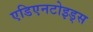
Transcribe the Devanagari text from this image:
एडिएनटोइड्स